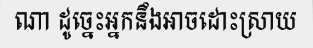
ណា ដូច្នេះអ្នកនឹងអាចដោះស្រាយ